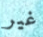
غير